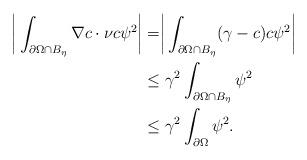
LaTeX: \begin{align*}\begin{aligned}\biggr{|}\int_{\partial\Omega\cap B_{\eta} }\nabla c\cdot\nu c\psi^{2}\biggr{|}&=\biggr{|}\int_{\partial\Omega\cap B_{\eta} }(\gamma-c) c\psi^{2}\biggr{|}\\&\le \gamma^{2}\int_{\partial\Omega\cap B_{\eta} }\psi^{2} \\&\le \gamma^{2}\int_{\partial\Omega} \psi^{2}.\end{aligned}\end{align*}